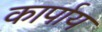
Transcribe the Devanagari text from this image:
कार्पाय